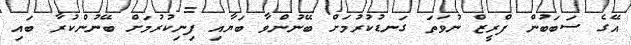
އޭގެ ސަބަބުން ފްރީޒް ނުވަތަ ގަނޑުކުރުމަށް ބޭނުންވާ ބަޔާއި ފިނިކުރުމަށް ބޭނުންކުރާ ބައި